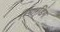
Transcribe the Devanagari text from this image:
रिगार्डिंग